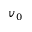
v _ { 0 }